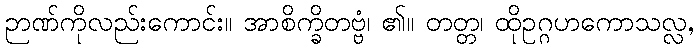
ဉာဏ်ကိုလည်းကောင်း။ အာစိက္ခိတဗ္ဗံ၊ ၏။ တတ္တ၊ ထိုဥဂ္ဂဟကောသလ္လ,